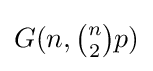
G(n,{\tbinom {n}{2}}p)